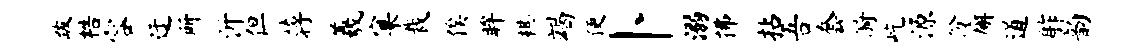
跋梏容迂所沂但蒋羲窠裁俟眸棋竭便卜溺拂拈吾套漪屹源份廨道舴韵